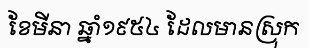
ខែមីនា ឆ្នាំ១៩៥៤ ដែលមានស្រុក